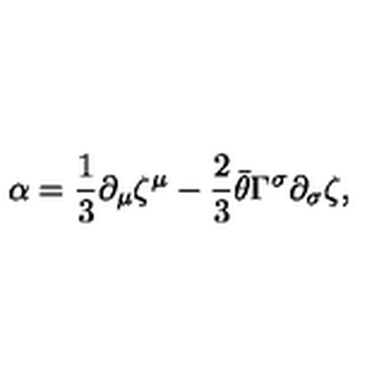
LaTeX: \alpha = { \frac { 1 } { 3 } } \partial _ { \mu } \zeta ^ { \mu } - { \frac { 2 } { 3 } } \bar { \theta } \Gamma ^ { \sigma } \partial _ { \sigma } \zeta ,